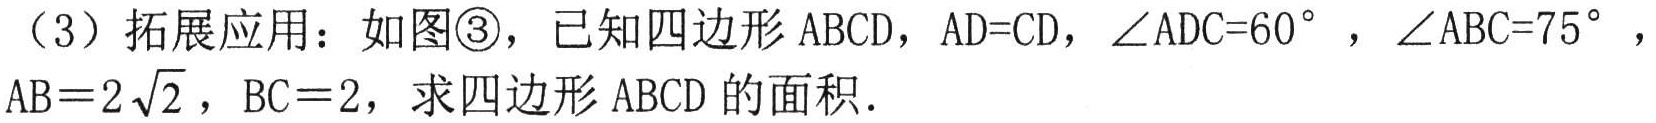
（3）拓展应用：如图\textcircled{3}，已知四边形ABCD，AD=CD，$\angle ADC = 60^{\circ}$，$\angle ABC = 75^{\circ}$，$AB = 2\sqrt{2}$，$BC = 2$，求四边形ABCD的面积．